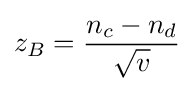
z_{B}={n_{c}-n_{d} \over {\sqrt {v}}}